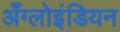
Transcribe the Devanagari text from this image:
अँग्लोइंडियन